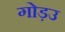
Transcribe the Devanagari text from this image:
गोड़उ